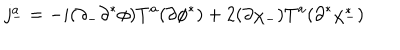
j _ { - } ^ { a } = - i ( \partial _ { - } \partial ^ { * } \phi ) T ^ { a } ( \partial \phi ^ { * } ) + 2 ( \partial \chi _ { - } ) T ^ { a } ( \partial ^ { * } \chi _ { - } ^ { * } )